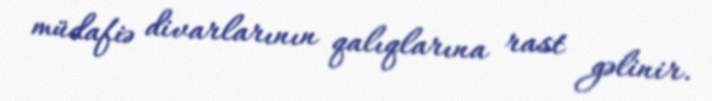
müdafiə divarlarının qalıqlarına rast gəlinir.